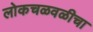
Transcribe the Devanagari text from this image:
लोकचळवळीचा